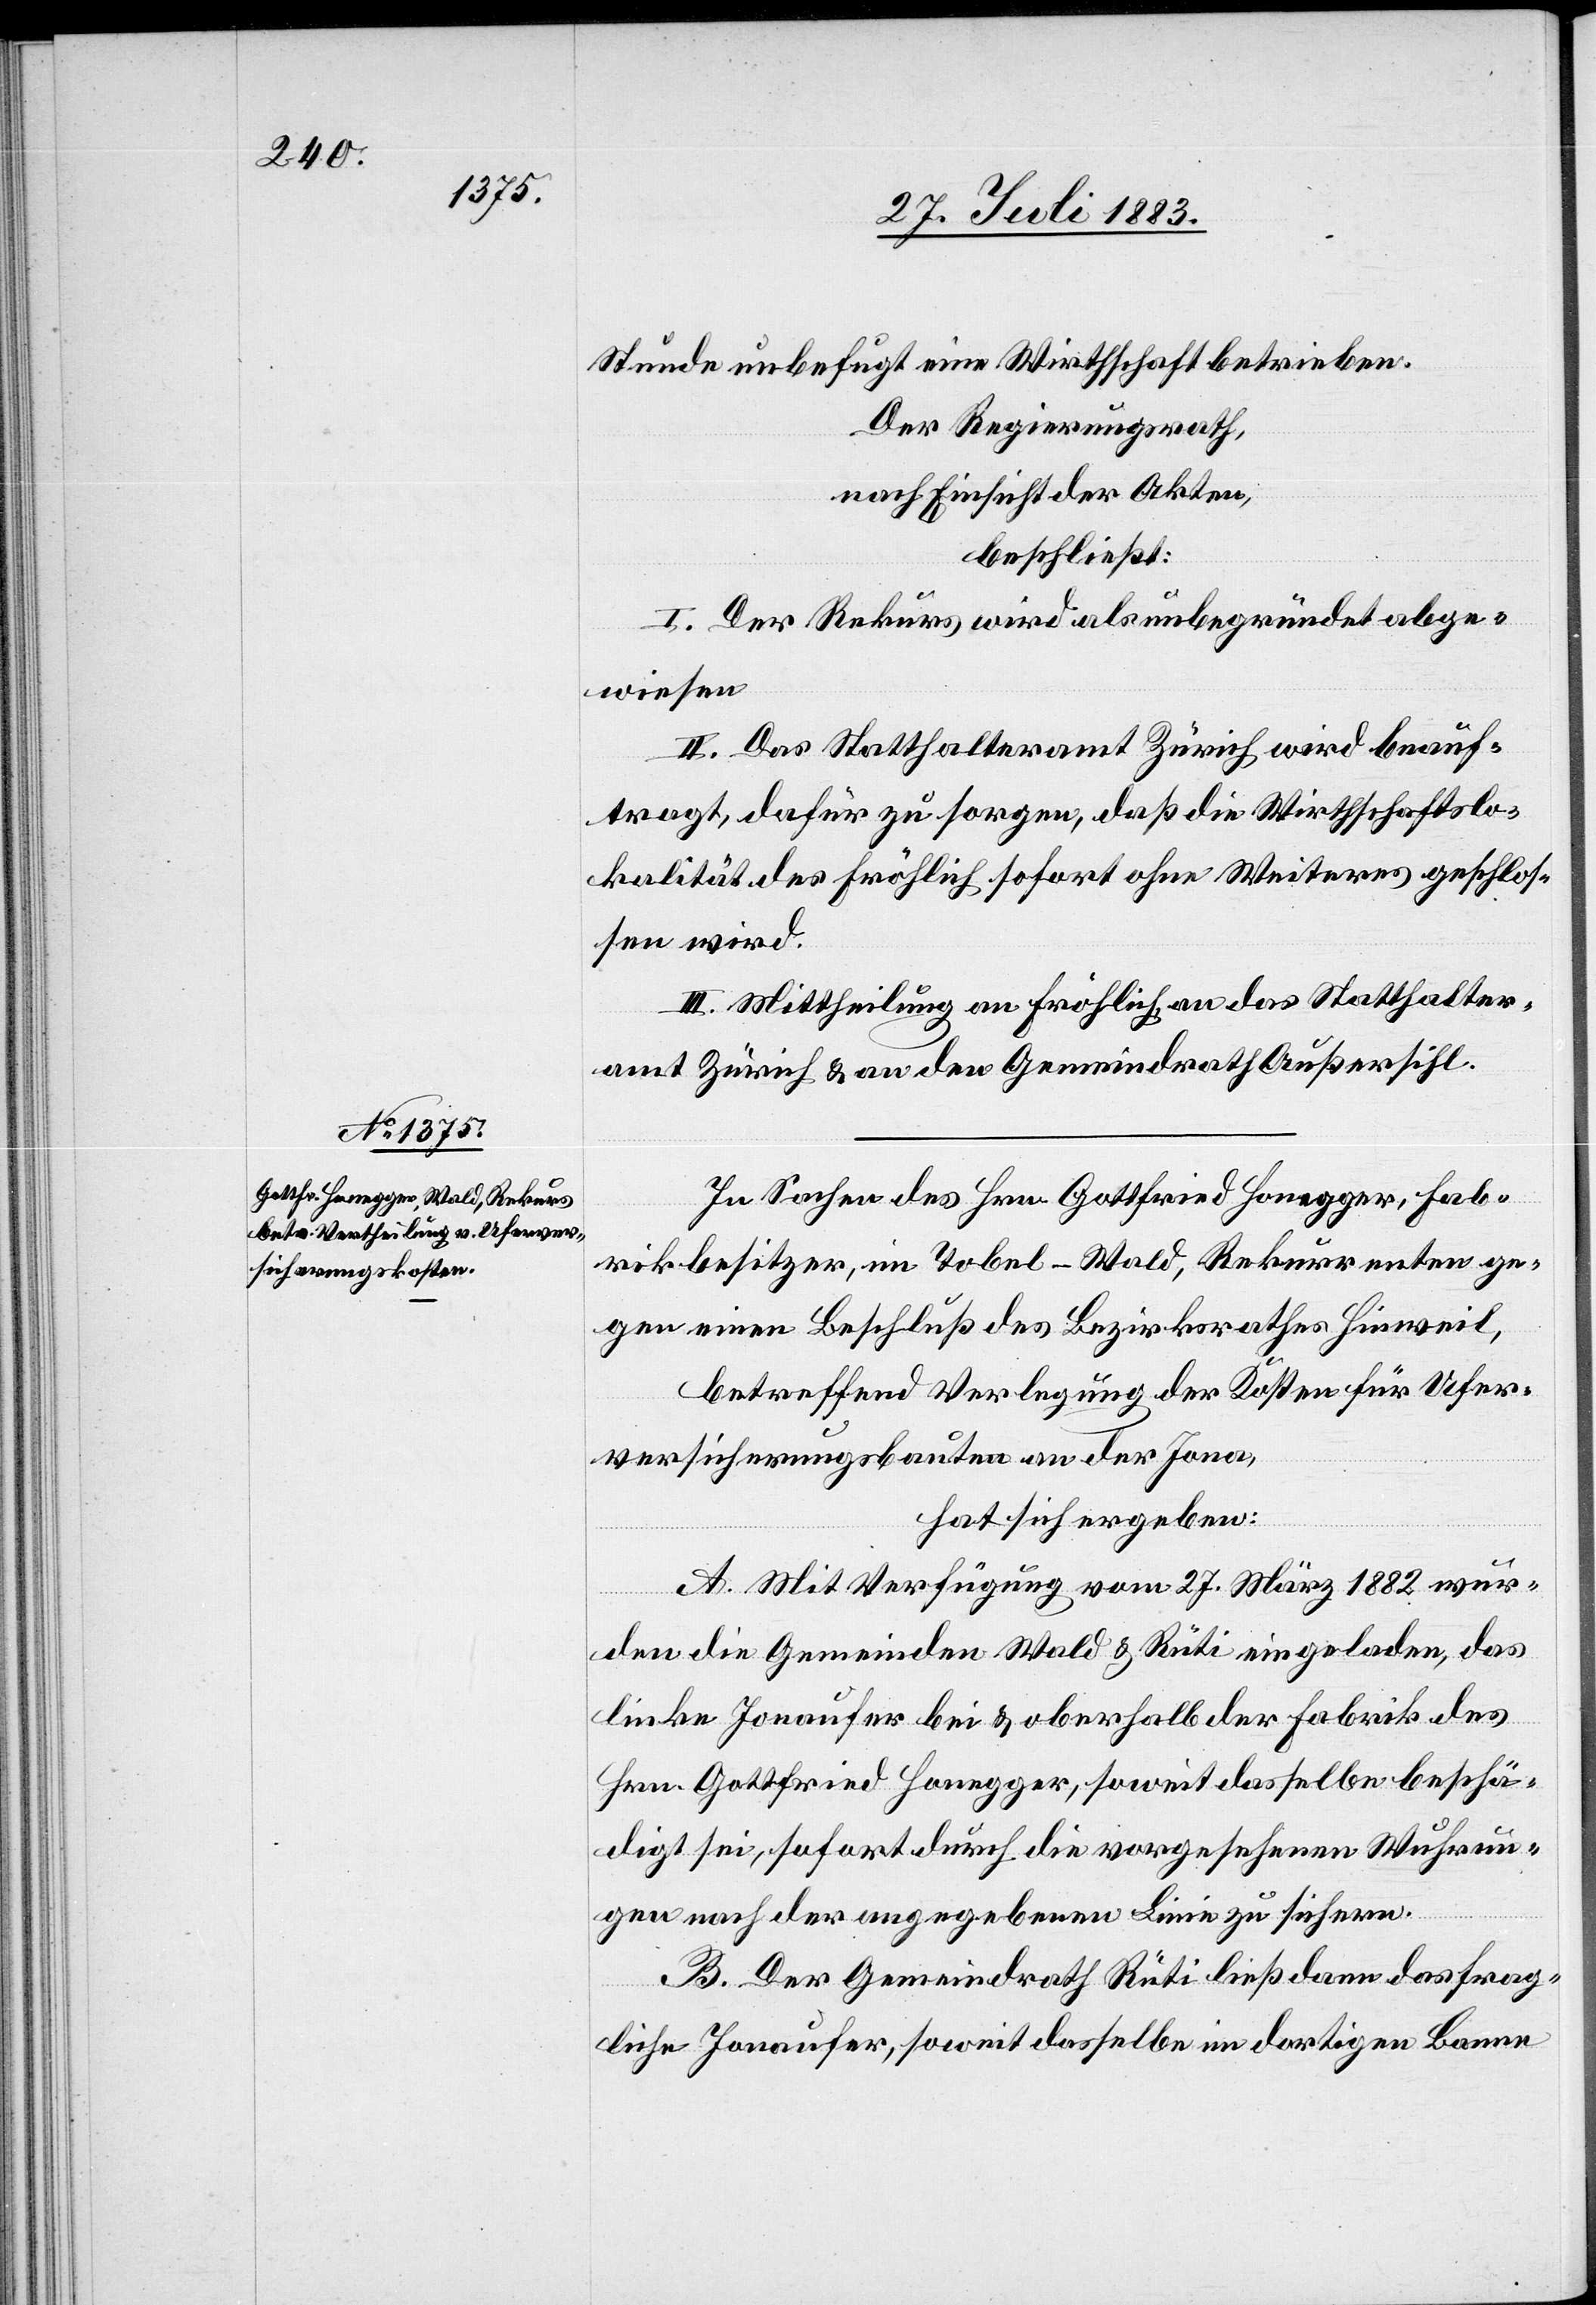
Stunde unbefugt eine Wirthschaft betrieben.
Der Regierungsrath,
nach Einsicht der Akten,
beschließt:
I. Der Rekurs wird als unbegründet abge¬
wiesen[.]
II. Das Statthalteramt Zürich wird beauf¬
tragt, dafür zu sorgen, daß die Wirtschaftslo¬
kalität des Fröhlich sofort ohne Weiteres geschlos¬
sen wird.
III. Mittheilung an Fröhlich, an das Statthalter¬
amt Zürich & an den Gemeindrath Außersihl.
In Sachen des Hrn. Gottfried Honegger, Fab¬
rikbesitzer, im Tobel - Wald, Rekurrenten ge¬
gen einen Beschluß des Bezirksrathes Hinweil,
betreffend Verlegung der Kosten für Ufer¬
versicherungsbauten an der Jona,
hat sich ergeben:
A. Mit Verfügung vom 27. März 1882 wur¬
den die Gemeinden Wald & Rüti eingeladen, das
linke Jonaufer bei & oberhalb der Fabrik des
Hrn. Gottfried Honegger, soweit dasselbe beschä¬
digt sei, sofort durch die vorgesehenen Wuhrun¬
gen nach der angegebenen Linie zu sichern.
B. Der Gemeindrath Rüti ließ dann das frag¬
liche Jonaufer, soweit dasselbe im dortigen Banne